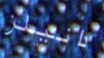
دانيلز